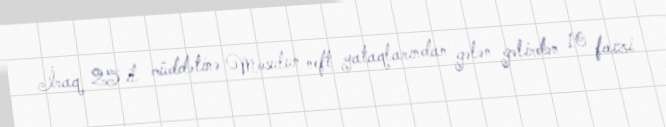
İraq 25 il müddətinə Mosulun neft yataqlarından gələn gəlirdən 10 faizi